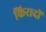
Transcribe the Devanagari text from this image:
किरादों